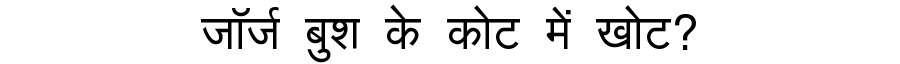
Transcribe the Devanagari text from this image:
जॉर्ज बुश के कोट में खोट?